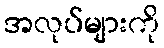
အလုပ်များကို